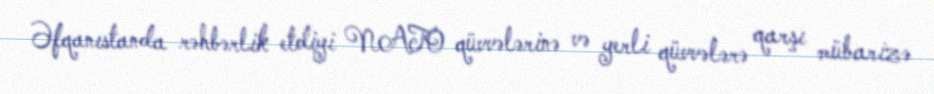
Əfqanıstanda rəhbərlik etdiyi NATO qüvvələrinə və yerli qüvvələrə qarşı mübarizə